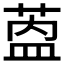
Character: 𬝎